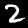
Label: 2